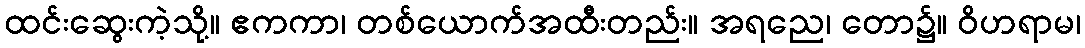
ထင်းဆွေးကဲ့သို့။ ဧကကာ၊ တစ်ယောက်အထီးတည်း။ အရညေ၊ တော၌။ ဝိဟရာမ၊